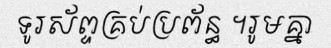
ទូរស័ព្ទគ្រប់ប្រព័ន្ធ ។រូមគ្នា